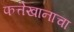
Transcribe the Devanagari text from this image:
फत्तेखानाचा